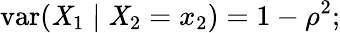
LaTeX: \operatorname{var}(\mathit{X}_{1}\mid\mathit{X}_{2}=x_{2})=1-\rho^{2};